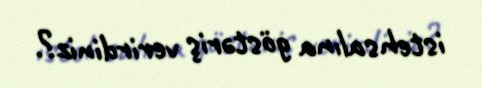
istehsalına göstəriş verirdiniz?.